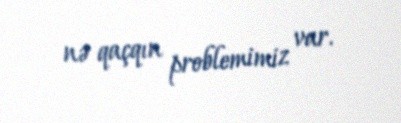
nə qaçqın problemimiz var.